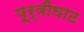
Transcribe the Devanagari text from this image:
पूर्वीघाट